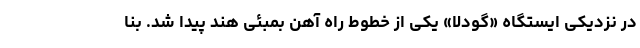
در نزدیکی ایستگاه «گودلا» یکی از خطوط راه آهن بمبئی هند پیدا شد. بنا